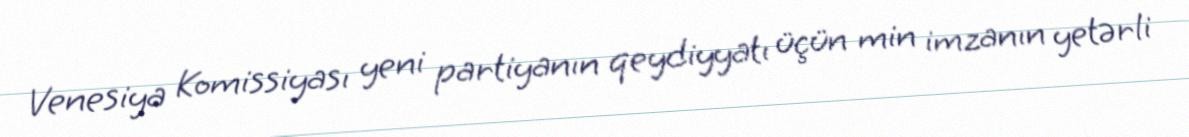
Venesiya Komissiyası yeni partiyanın qeydiyyatı üçün min imzanın yetərli